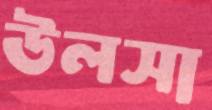
উলসা